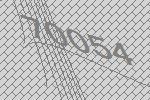
70054